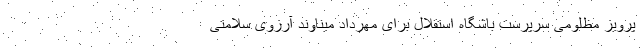
پرویز مظلومی سرپرست باشگاه استقلال برای مهرداد میناوند آرزوی سلامتی